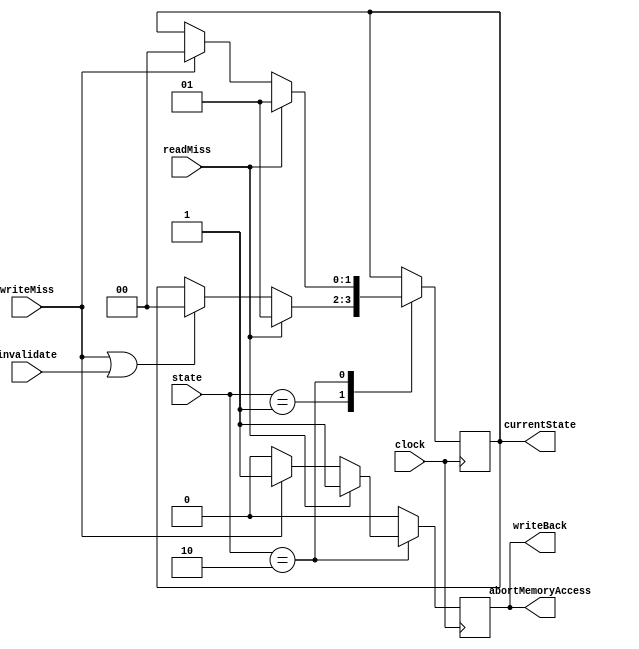
module sm_bus(
	clock,
	state,
	writeMiss,
	readMiss,
	invalidate,
	writeBack,
   abortMemoryAccess,
	currentState
);
    input clock;
	 input [1:0] state;
    input writeMiss;
    input readMiss;
    input invalidate;

    output reg writeBack;
    output reg abortMemoryAccess;

    output reg[1:0] currentState;
	
	initial begin
		currentState = 2'b10;
		writeBack = 0;
		abortMemoryAccess = 0;
	end

    always @(posedge clock)
	begin
        writeBack = 0;
        abortMemoryAccess = 0;
		case(state)
			2'b00: // Invalid
			begin
                // Nothing to do here :)
			end
			2'b01: // Shared
			begin   
				if (writeMiss || invalidate)
                begin
                    currentState = 2'b00; // Invalid   
                end
                if (readMiss)
                begin
                    currentState = 2'b01; // Shared
                end
			end
			2'b10: // Modified
			begin     
				if (writeMiss)
                begin
                    currentState = 2'b00; // Invalid
                    writeBack = 1;
                    abortMemoryAccess = 1;
                end

                if(readMiss)
                begin
                    currentState = 2'b01; // Shared
                    writeBack = 1;
                    abortMemoryAccess = 1;
                end
			end
		endcase
	end
endmodule